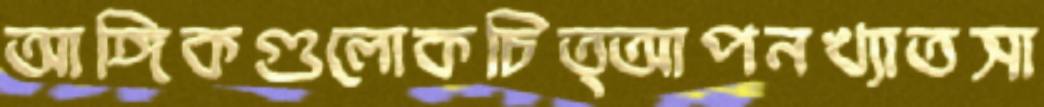
আঙ্গিকগুলোকচিত্আপনখ্যাতসা